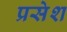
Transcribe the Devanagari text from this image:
प्रसेश